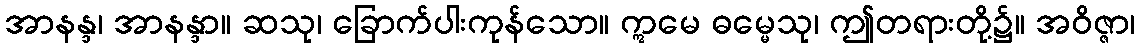
အာနန္ဒ၊ အာနန္ဒာ။ ဆသု၊ ခြောက်ပါးကုန်သော။ ဣမေ ဓမ္မေသု၊ ဤတရားတို့၌။ အဝိဇ္ဇာ၊